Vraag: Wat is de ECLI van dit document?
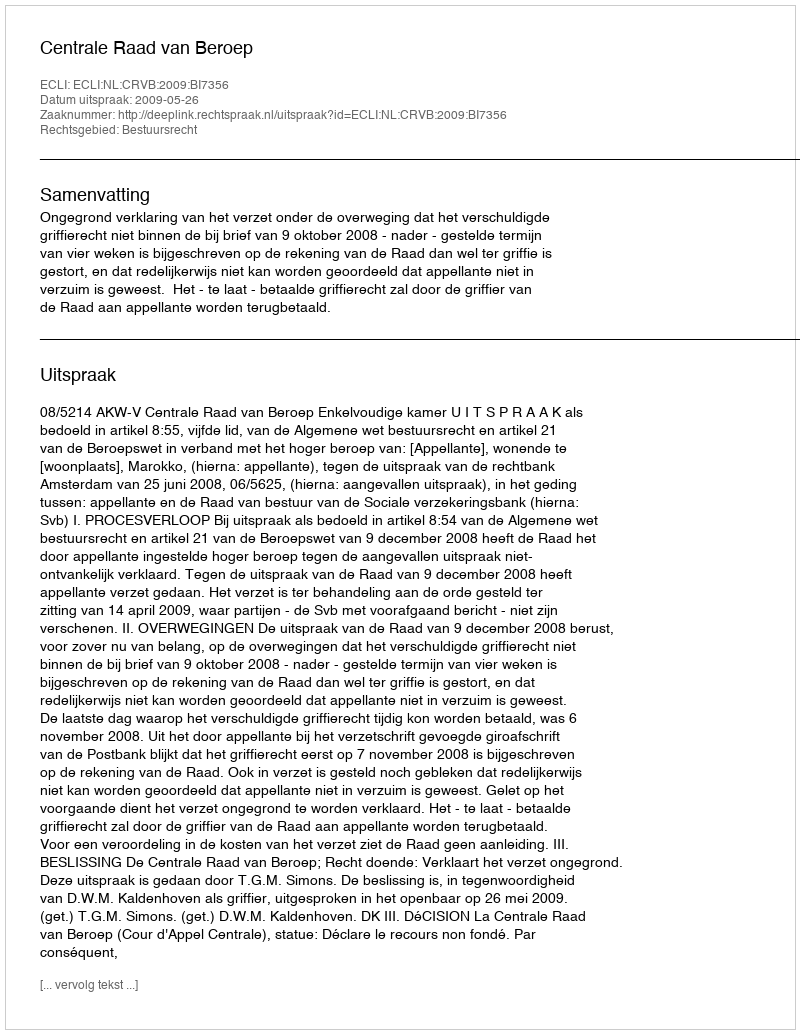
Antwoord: ECLI:NL:CRVB:2009:BI7356